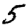
Digit: 5